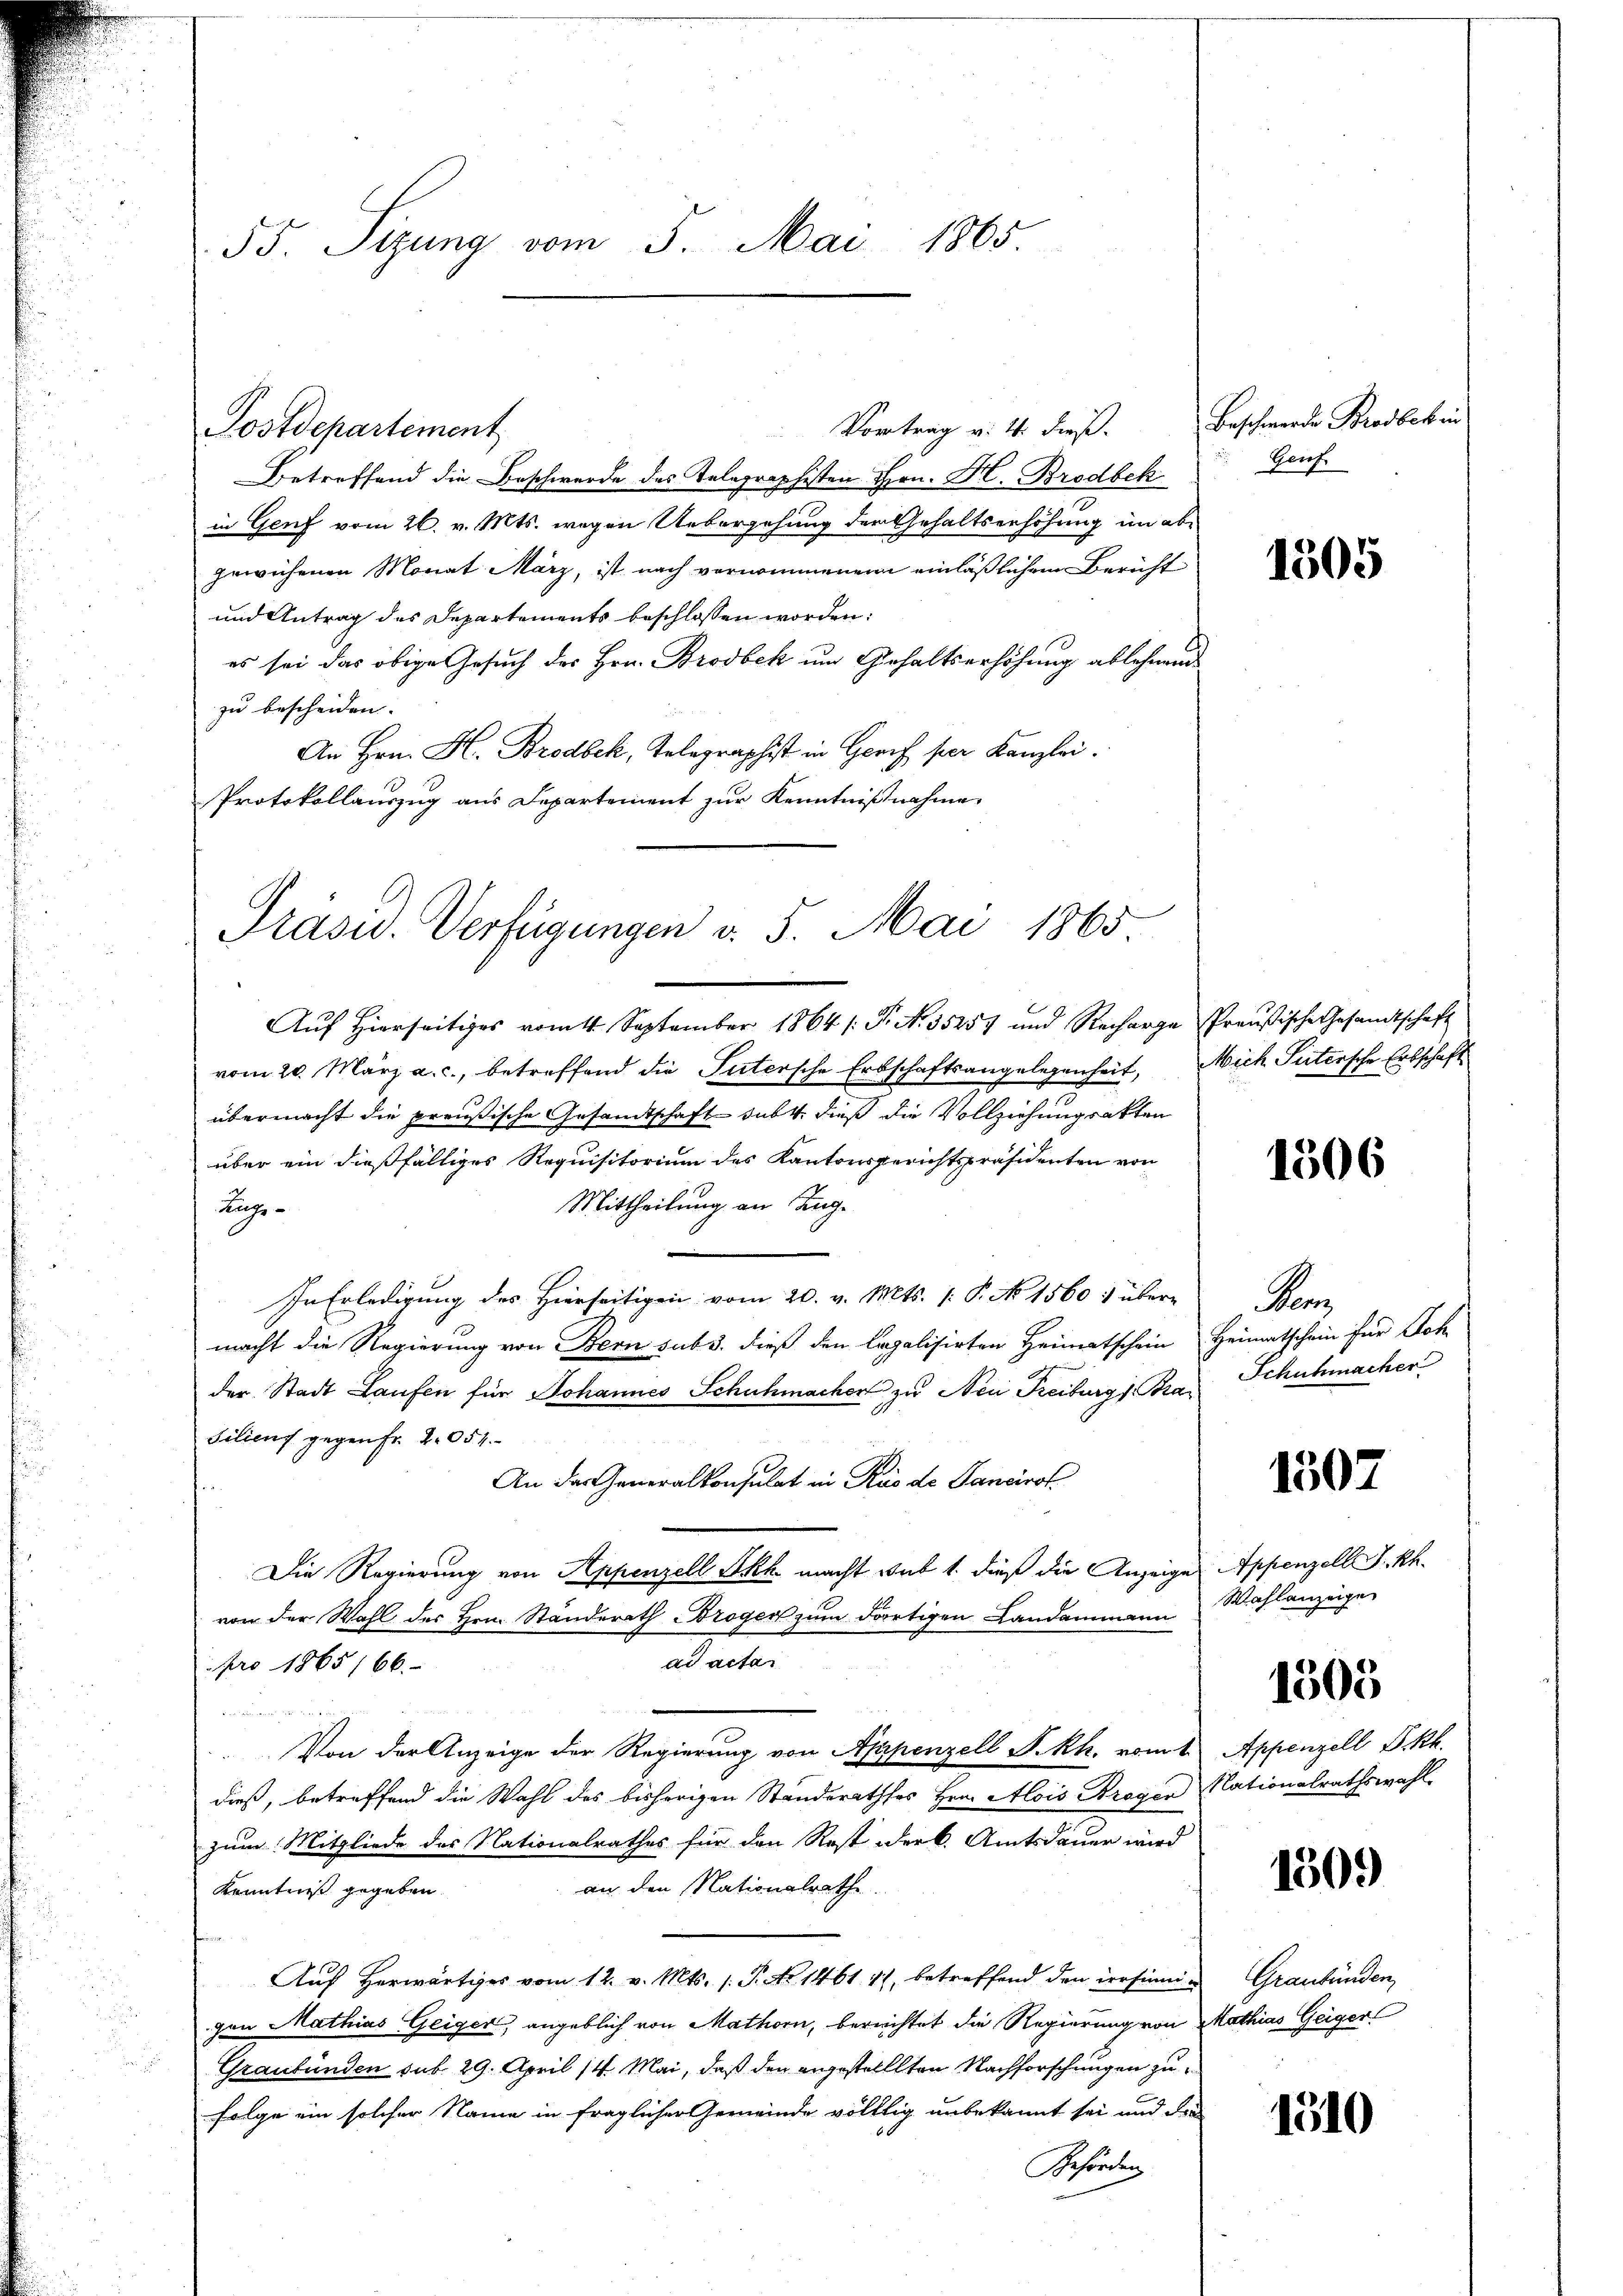
55. Sizung vom 5. Mai 1865

Vortrag v. 4. dieß.
Betreffend die Beschwerde des Telegraphisten Hrn. Hr. Brodbek
in Genf vom 26. v. Mts. wegen Uebergehung der Gehaltserhöhung im ab-
gewichenen Monat März, ist nach vernommenen einläßlichem Bericht
und Antrag des Departements beschlossen worden:
es sei das obige Gesuch des Hrn. Brodbek um Gehaltserhöhung ablehnend
zu bescheiden. |
An Hrn. H. Brodbek, Telegraphist in Gerich per Kanzlei.
Protokollauszug aus Departement zur Kenntnißnahme

Postdepartement

Präsid. Verfügungen v. 5. Mai 1865

Aŭf Hierseitiges vom 1. September 1864 /: P. Nr. 35257 und Recharge Preußische Gesandtschaft
vom 20. März a. c., betreffend die Sutersche Erbschaftsangelegenheit, Mich Sutersche Erbschaft
übermacht die preußische Gesandtschaft dabt, dieß die Vollziehungsakten
über ein dießfälliges Requisitorium des Kantonsgerichtspräsidenten von
Mittheilung an Zug.
Lunge
In Erledigung des Hierseitigen vom 20. v. Mts. (: P. No 1560 : über-
macht die Regierung von Bern sub 3. dieß den legalisirten Heimatschein Heimatschein für Soh
der Stadt Laufen für Johannes Schuhmacher zu Nei Reiburg s. Bra
Filicus gegen Fr. 2054.
An das Generalkonsulat in Rus de Janeirot¬
Die Regierung von Appenzell Akk macht sub 1. dieß die Anzeige
von der Wahl des Hrn. Standerath Broger zum dortigen Landammann
ad actar
pro 1865/66.

Von der Anzeige der Regierung von Appenzell P. Rh. vom t
dieß, betreffend die Wahl des bisherigen Ständerathes Hrn. Alois Bregen Nationalrathswahl.
zum Mitgliede des Nationalrathes für den Rest der k. Amtsdauer wird
an den Nationalrath.
Kenntniß gegeben.
Auf Herwärtiges vom 12. v. Mts. 1. P. No. 1461. 41, betreffend den Persinnig
gen Mathias Geiger, angeblich von Mathorn, bereichtet die Regierung von Mathias Geiger
Graubünden sub. 29. April 14. Mai, daß den angestellten Nachforschungen zufolge ein solcher Name in fraglicher emeinde völlig unbekannt sei und der
Schording

Beschwerden Brodbeken
Genf

1505

1506

Son
Schuhmacher

1507

Appenzell I.Rh.
Wahlanzeige

1505

Appenzell I.Rh.

1509

Graubünden,

1510